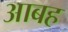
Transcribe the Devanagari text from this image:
आबह